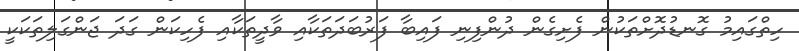
ހިތްގައިމު ގޮނޑުދޮށްތަކުން ފެށިގެން ދުންފިނި ފައިބާ ފަރުބަދަތަކާއި ވާދީތަކާއި ފެހިކަން ގަދަ ޖަންގަލިތަކަކީ